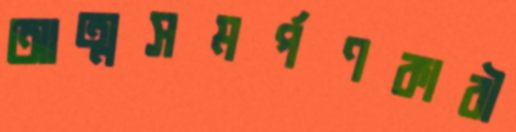
আত্মসমর্পণকারী